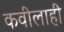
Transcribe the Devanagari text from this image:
कवीलाही